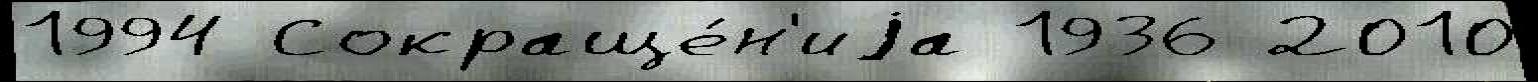
1994 Сокраще́н'иjа 1936 2010